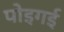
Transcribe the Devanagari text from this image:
पोइगई